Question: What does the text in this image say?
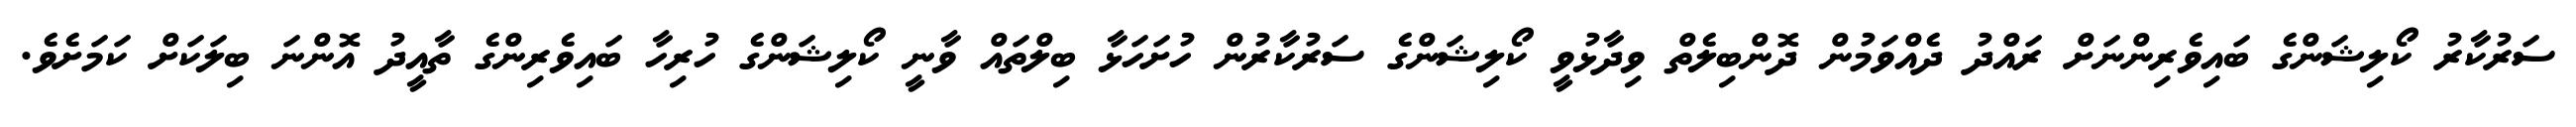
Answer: ސަރުކާރު ކޯލިޝަންގެ ބައިވެރިންނަށް ރައްދު ދެއްވަމުން ދޮންބިލެތް ވިދާޅުވީ ކޯލިޝަންގެ ސަރުކާރުން ހުށަހަޅާ ބިލްތައް ވާނީ ކޯލިޝަންގެ ހުރިހާ ބައިވެރިންގެ ތާއީދު އޮންނަ ބިލަކަށް ކަމަށެވެ.